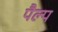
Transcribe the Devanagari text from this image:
पैल्प